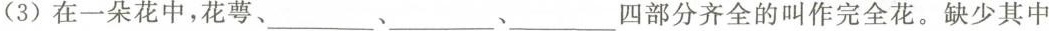
(3)在一朵花中，花萼、___ 、___ 、___四部分齐全的叫作完全花。缺少其中